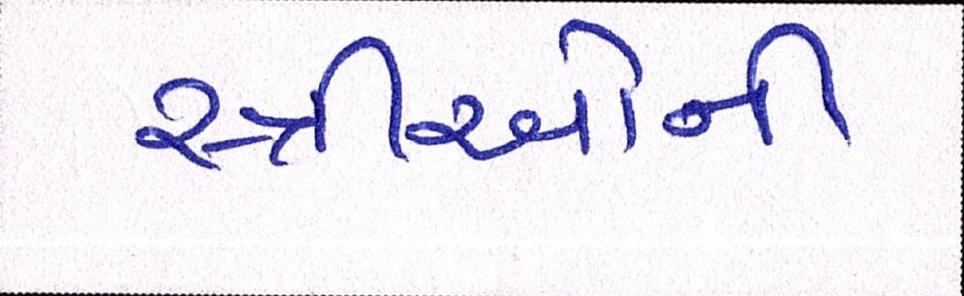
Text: સ્ત્રીઓની